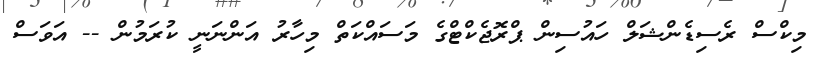
މިކްސް ރެސިޑެންޝަލް ހައުސިން ޕްރޮޖެކްޓްގެ މަސައްކަތް މިހާރު އަންނަނީ ކުރަމުން -- އަވަސް